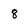
Character: 8